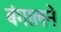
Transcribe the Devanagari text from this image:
बंगालने